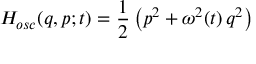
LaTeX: H _ { o s c } ( q , p ; t ) = { \frac { 1 } { 2 } } \left( p ^ { 2 } + \omega ^ { 2 } ( t ) \, q ^ { 2 } \right)